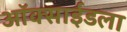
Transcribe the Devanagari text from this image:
ऑक्साईडला